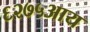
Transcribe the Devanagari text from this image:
६२७५आय